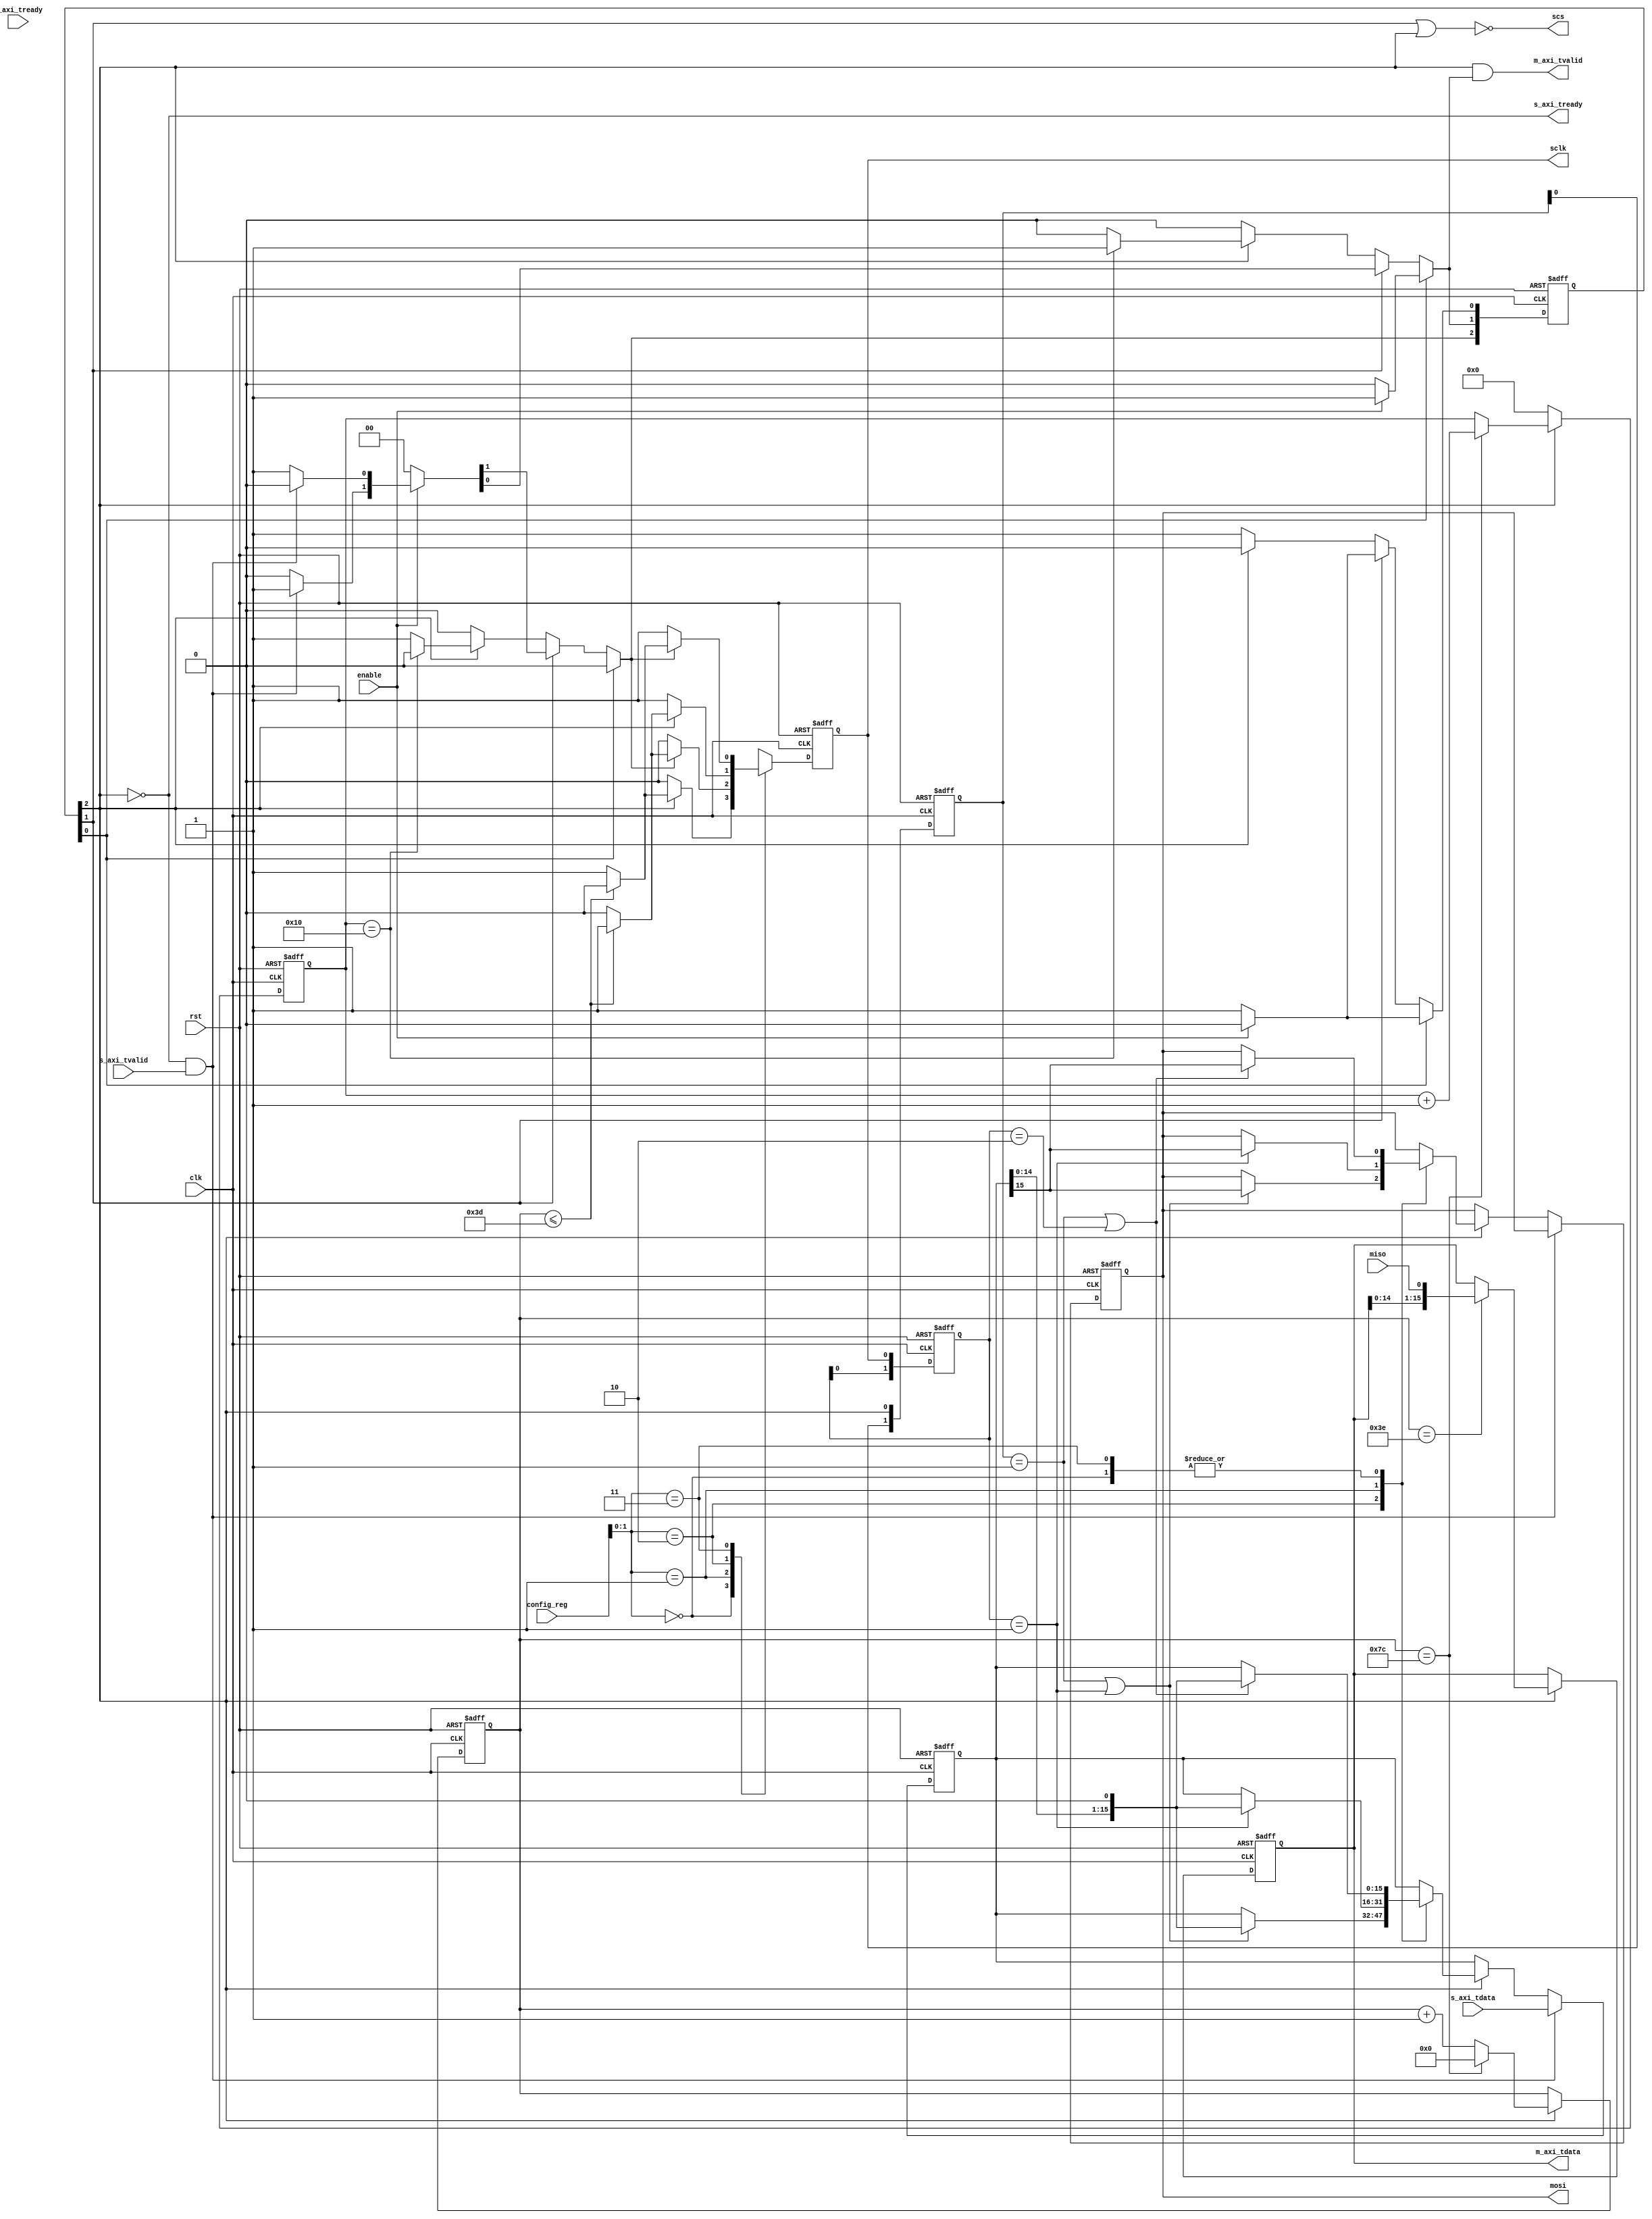
/*=============================================================================
# FileName    :   spi_master_core.v
# Author      :   author
# Email       :   email@email.com
# Description :   spimiso(drive)
                flashdrive
                axi-stream, m_axi_tready1, m_axi_tvalid
# Version     :   1.0
# LastChange  : 2018-07-02 15:46:53
# ChangeLog   :   
=============================================================================*/

module spi_master_core_t #
(
    parameter                   DATA_W = 16,
    parameter                   SYS_FREQ = 125_000_000,
    parameter                   SPI_FREQ = 1_000_000
)
(
    input   wire                clk,
    input   wire                rst,

    input   wire                enable,      // enable = 1, enable1
    /*
     * bit[2] : lsbfe;  1, MSB first; 0, LSB first
     *
     * bit[7]   bit[6]   bit[5]   bit[4]   bit[3]   bit[2]   bit[1]   bit[0]
                                                    lsbfe    cpol     cpha
     */
    input   wire [07:00]        config_reg,

    /*
     * drive 
     */
    output  wire                s_axi_tready,   // 
    input   wire                s_axi_tvalid,
    input   wire [DATA_W-1:00]  s_axi_tdata,

    /*
     * spi_master  
     */
    input   wire                m_axi_tready,
    output  wire                m_axi_tvalid,
    output  reg  [DATA_W-1:00]  m_axi_tdata,

    output  reg                 sclk,
    output  wire                scs,
    output  reg                 mosi,
    input   wire                miso
);

localparam              FREQ_CNT = ((1_000_000_000/SPI_FREQ)/(1_000_000_000/SYS_FREQ));
initial
begin
    $display("freq_cnt is %d", FREQ_CNT);
end

reg     [07:00]             bit_cnt;
reg     [15:00]             clk_cnt;

reg     [1:0]               sclk_r;
wire                        sclk_rise;
wire                        sclk_fall;

assign          sclk_rise = sclk_r[1:0] == 2'b01;
assign          sclk_fall = sclk_r[1:0] == 2'b10;
always @ (posedge clk or negedge rst)
begin
    if(~rst)
        sclk_r    <= 2'b00;
    else
        sclk_r    <= {sclk_r[0], sclk};
end

localparam              IDLE    = 0;
localparam              CHECK   = 1;
localparam              SEND    = 2;
localparam              OVER    = 3;
(* KEEP = "TRUE" *)reg     [SEND:00]       cs = 'd1, ns = 'd1;
reg     [15:00]         state_cnt;

reg    [1:0]            send_state_r;
wire                    send_state_rise;
wire                    send_state_fall;

assign          send_state_rise = send_state_r[1:0] == 2'b01;
assign          send_state_fall = send_state_r[1:0] == 2'b10;
always @ (posedge clk or negedge rst)
begin
    if(~rst)
        send_state_r    <= 2'b00;
    else
        send_state_r    <= {send_state_r[0], cs[SEND]};
end

// synthesis translate_off
reg [127:0] cs_STRING;
always @(*)
begin
    case(1'b1)
        cs[IDLE]: cs_STRING = "IDLE";
        cs[CHECK]: cs_STRING = "CHECK";
        cs[SEND]: cs_STRING = "SEND";
        default: cs_STRING = "XXXX";
    endcase
end
// synthesis translate_on

always @ (posedge clk or negedge rst)
begin
    if(~rst)
        cs <= 'd1;
    else
        cs <= ns;
end

always @(*)
begin
    ns = 'd0;
    case(1'b1)
        cs[IDLE]:
        begin
            if(enable)
                ns[CHECK] = 1'b1;
            else
                ns[IDLE] = 1'b1;
        end
        cs[CHECK]:
        begin
            if(~enable)
                ns[IDLE] = 1'b1;
            else
            begin
                if(s_axi_tready & s_axi_tvalid)
                    ns[SEND] = 1'b1;
                else
                    ns[CHECK] = 1'b1;
            end
        end
        cs[SEND]:
        begin
            if(bit_cnt == DATA_W)
                ns[CHECK] = 1'b1;
            else
                ns[SEND] = 1'b1;
        end
        default:
            ns[IDLE] = 1'b1;
    endcase
end

always @ (posedge clk or negedge rst)
begin
    if(~rst)
        state_cnt <= 0;
    else if (cs != ns)
        state_cnt <= 0;
    else
        state_cnt <= state_cnt + 1'b1;
end

always @ (posedge clk or negedge rst)
begin
    if(~rst)
        clk_cnt <= 0;
    else if(cs[SEND])
    begin
        if(clk_cnt == FREQ_CNT-1)
            clk_cnt <= 0;
        else
            clk_cnt <= clk_cnt + 1'b1;
    end
end

always @ (posedge clk or negedge rst)
begin
    if(~rst)
        bit_cnt <= 0;
    else if(cs[SEND])
    begin
        if(clk_cnt == FREQ_CNT -1)
            bit_cnt <= bit_cnt + 1'b1;
    end
    else
        bit_cnt <= 0;
end

assign                  s_axi_tready = ~cs[SEND];
assign                  scs = ~(cs[CHECK] | cs[SEND]);
always @ (posedge clk or negedge rst)
begin
    if(~rst)
        sclk <= 0;
    else
    begin
        case (config_reg[1:0])
            // cpol cpha
            2'b00:
            begin
                if(cs[SEND])
                begin
                    if(clk_cnt <= FREQ_CNT/2 -1)
                        sclk <= 0;
                    else
                        sclk <= 1;
                end
                else
                    sclk <= 0;
            end
            2'b01:
            begin
                if(ns[SEND])
                begin
                    if(clk_cnt <= FREQ_CNT/2 -1)
                        sclk <= 1;
                    else
                        sclk <= 0;
                end
                else
                    sclk <= 0;
            end
            2'b10:
            begin
                if(cs[SEND])
                begin
                    if(clk_cnt <= FREQ_CNT/2 -1)
                        sclk <= 1;
                    else
                        sclk <= 0;
                end
                else
                    sclk <= 1;
            end
            2'b11:
            begin
                if(ns[SEND])
                begin
                    if(clk_cnt <= FREQ_CNT/2 -1)
                        sclk <= 0;
                    else
                        sclk <= 1;
                end
                else
                    sclk <= 1;
            end
            default:
            begin
            end
        endcase
    end
end

reg     [DATA_W-1:00]             data_r;
always @ (posedge clk or negedge rst)
begin
    if(~rst)
    begin
        mosi <= 0;
        data_r <= 0;
    end
    else if(s_axi_tready & s_axi_tvalid)
        data_r <= s_axi_tdata;
    else if(cs[SEND])
    begin
        case (config_reg[1:0])
            2'b00:
            begin
                if(send_state_rise | sclk_fall)
                begin
                    data_r <= (data_r << 1);
                    mosi <= data_r[DATA_W-1];
                end
            end
            2'b10:
            begin
                if(send_state_rise | sclk_rise)
                begin
                    data_r <= (data_r << 1);
                    mosi <= data_r[DATA_W-1];
                end
            end
            2'b01:
            begin
                if(sclk_rise)
                begin
                    data_r <= (data_r << 1);
                    mosi <= data_r[DATA_W-1];
                end
            end
            2'b11:
            begin
                if(send_state_rise | sclk_fall)
                begin
                    data_r <= (data_r << 1);
                    mosi <= data_r[DATA_W-1];
                end
            end
            default:;
        endcase
    end
end



always @ (posedge clk or negedge rst)
begin
    if(~rst)
        m_axi_tdata <= 0;
    else if(cs[SEND])
    begin
        if(clk_cnt == FREQ_CNT/2)
            m_axi_tdata[DATA_W-1:0] <= {m_axi_tdata[DATA_W-2:0], miso};             // 
    end
end
assign                  m_axi_tvalid = cs[SEND] & ns[CHECK];

endmodule